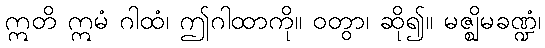
ဣတိ ဣမံ ဂါထံ၊ ဤဂါထာကို။ ဝတွာ၊ ဆို၍။ မဇ္ဈိမခဏ္ဍံ၊